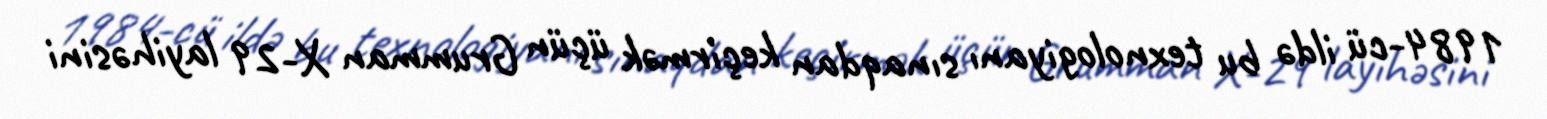
1984-cü ildə bu texnologiyanı sınaqdan keçirmək üçün Grumman X-29 layihəsini